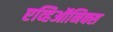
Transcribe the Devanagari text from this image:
एव्हिऑनिक्स